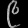
Digit: ၉